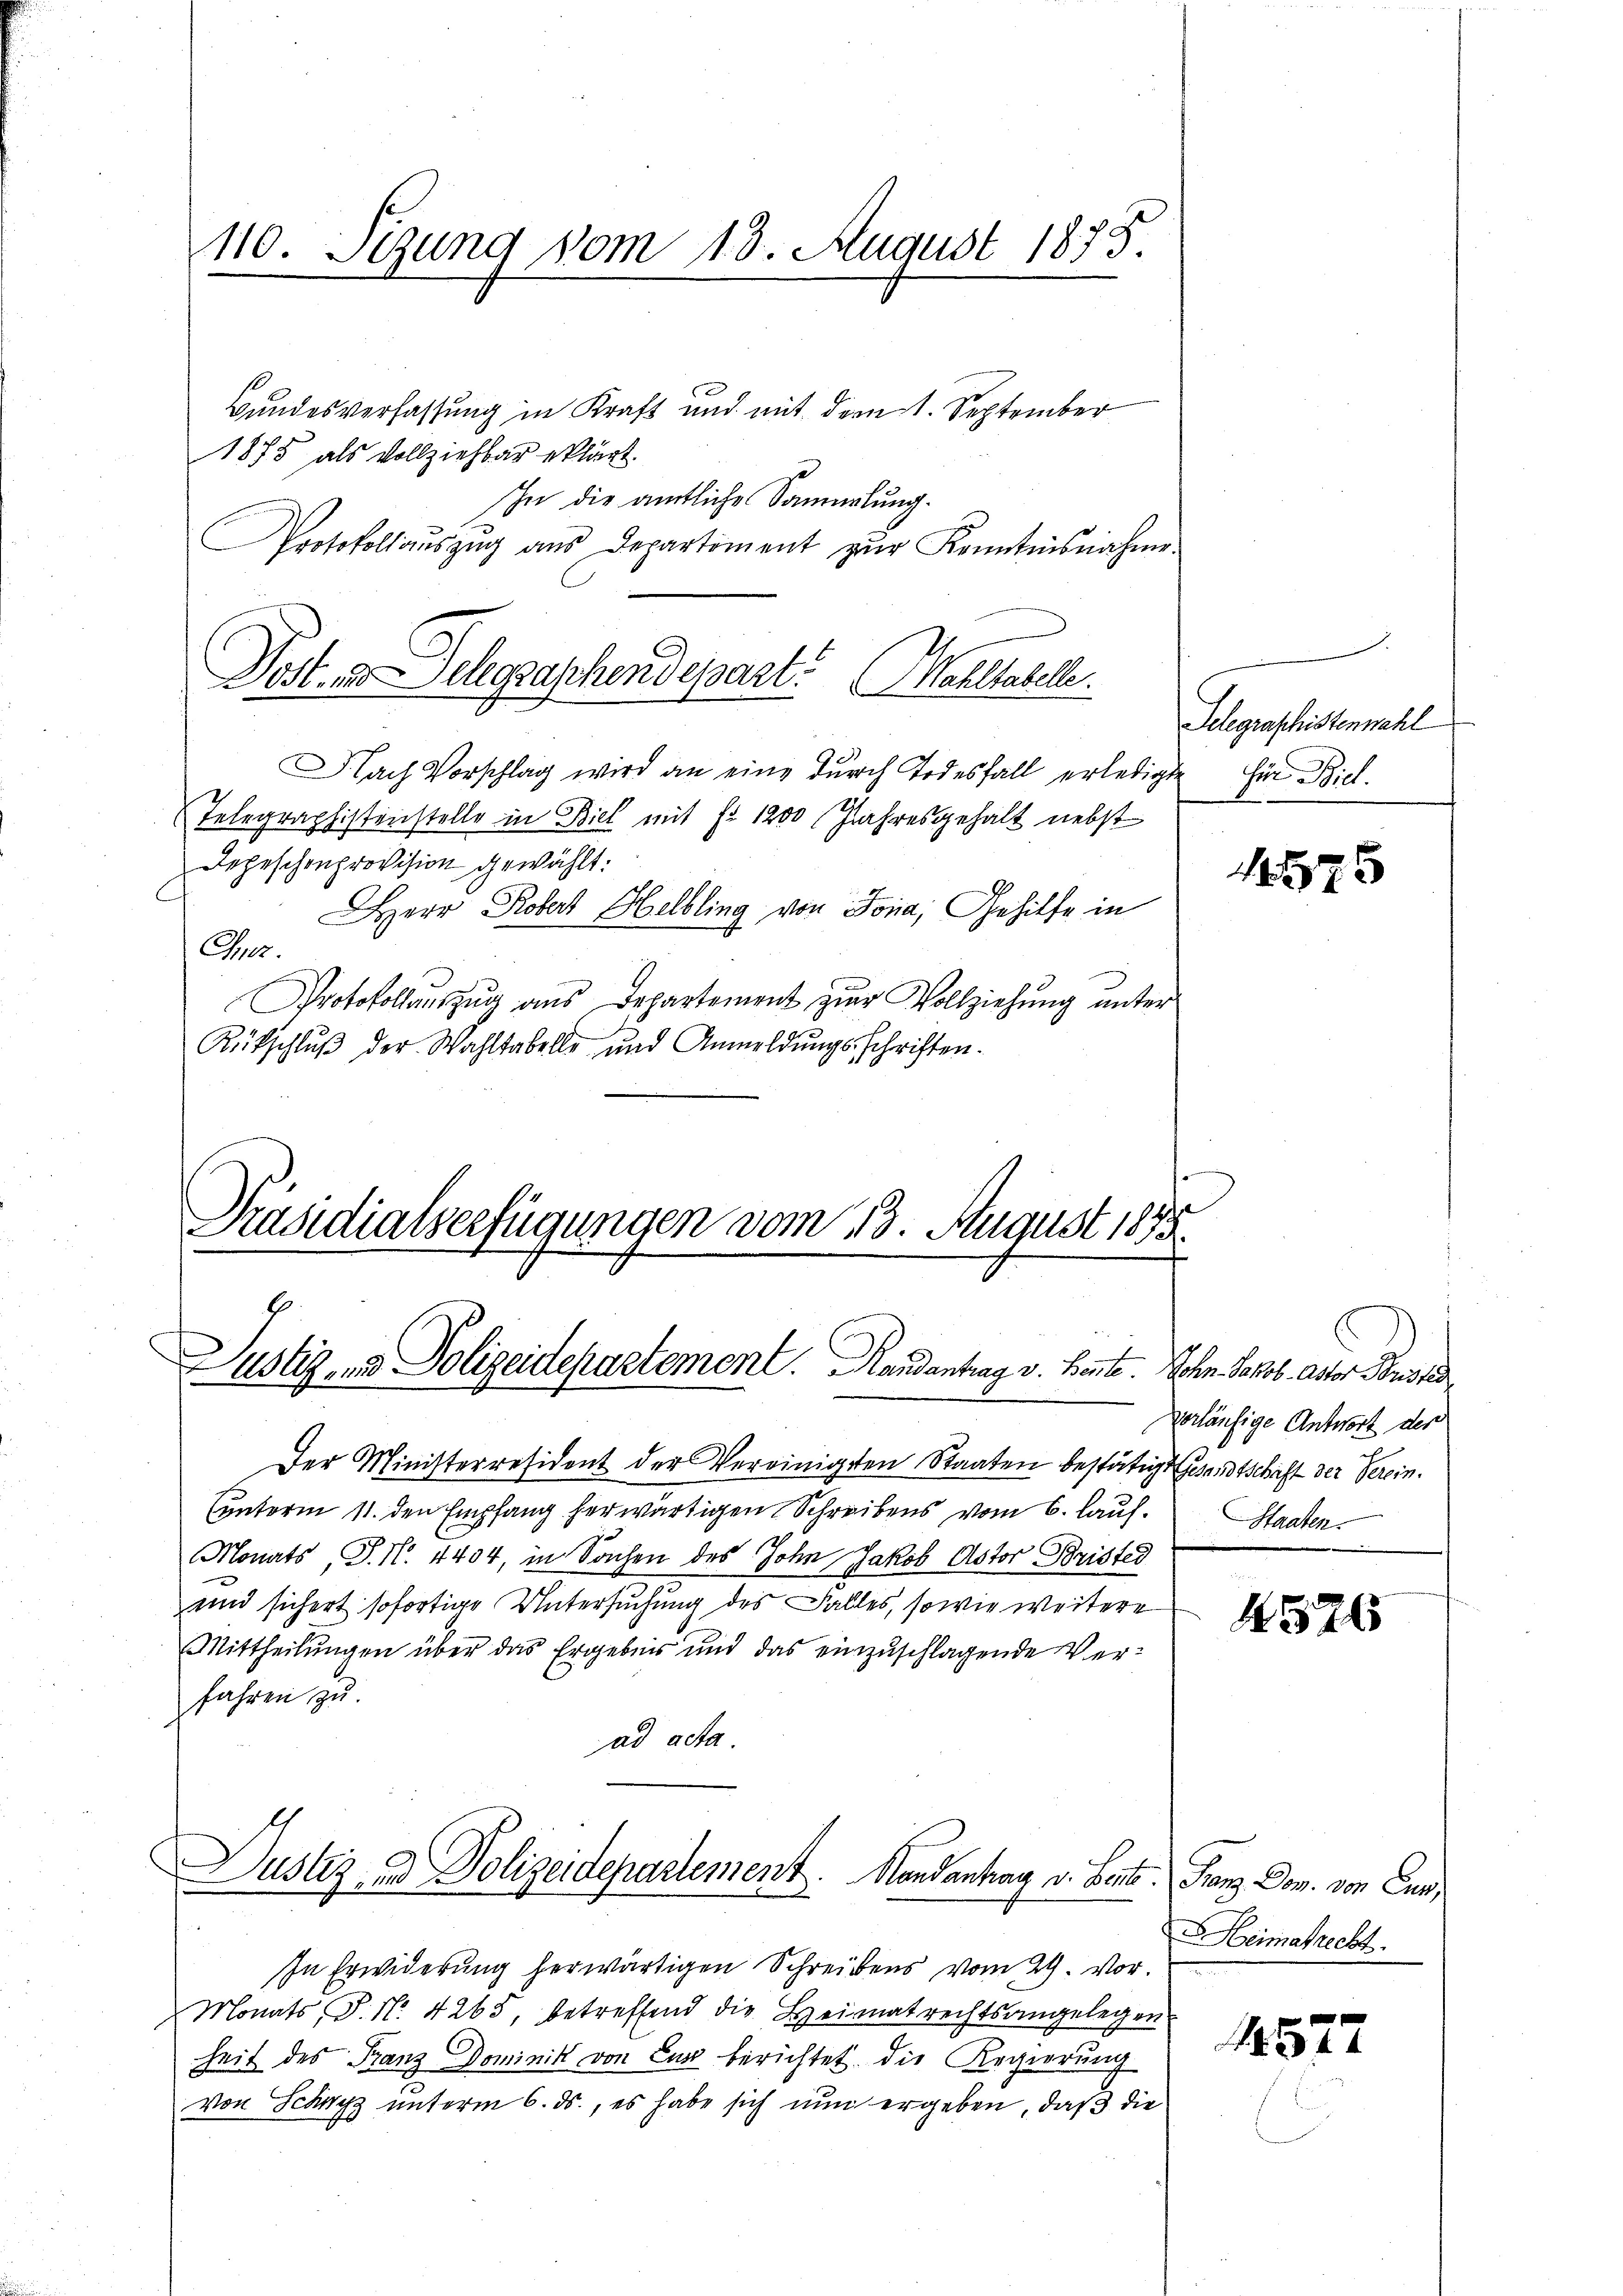
110. Sizung vom 13. August 1875.

Bundesverfassung in Kraft und mit dem 1. September
1875 als Vollziehbar erklärt.
In die amtliche Sammlung.
Protokollaŭszŭg aŭs Departiment zŭr Kenntnisnahme
Nach Vorschlag wird an eine durch Todesfall erledigte
Telegraphistenstelle in Biel mit Fr. 1200 Jahresgehalt nebst
Depeschenprovision gewählt:
HHerr Robert Helbling von Jona, Gehilfe in
Imez.
Protokollauszug aus Departement zur Vollziehung unter
Rütschluß der Wahltabelle und Anmeldungsschriften.
Präsidialserfügungen vom 13. August 1895.

Post. v. Schgraschendepart. Wahltabelle.

Justiz- & Polizeidepartement.   Randantrag v. Bente. Sohn Jakob Actor Profes

Der Ministerresident der Vereinigten Staaten bestätigt Gesandtschrift der Verein.
Cunterm 11. den Empfang herwärtigen Schreibens vom 6. lauf.
Monats, S. N. 4404, in Sachen des John Jakob Astor Bristed
und sichert sofortige Untersuchung des Falles, sowie weitere
Mittheilungen über das Ergebnis und das einzuschlagende Verfahren zu.
ad acta
Justiz und Polizeidepartement. Handantrag v. Betr. Franz Dom. von Cur,
In Erwiderung herwärtigen Schreibens vom 24. Vor
Monats, P. Nr. 4265, betreffend die Heimat rechtsangelegen
heit des Franz Dominik von Eur berichtet die Regierung
von Schwyz unterm 6. ds., es habe sich nun ergeben, daß die

Telegraphistenzahl
für Biel.

1575

verläufige Antwort der
Staaten.

1526

Heimatrecht

1572